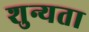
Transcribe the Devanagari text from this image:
शुन्यता